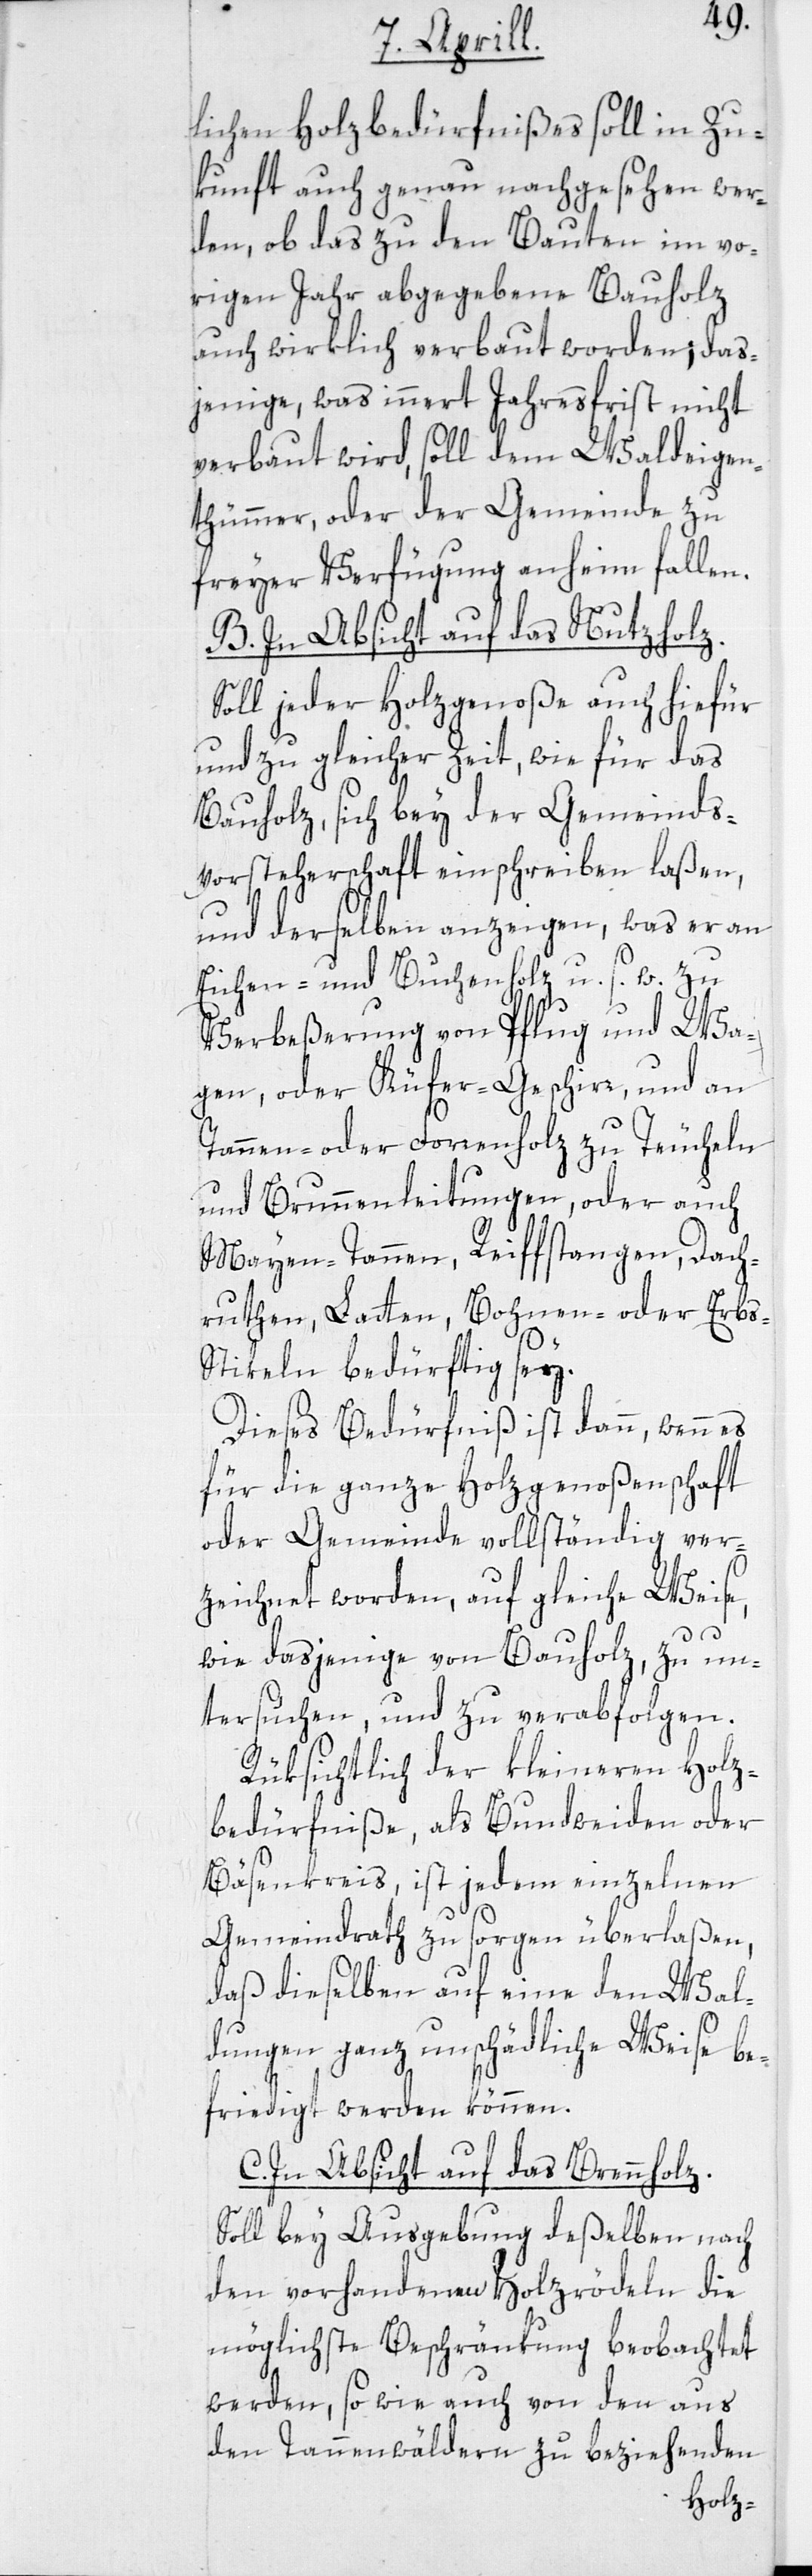
lichen Holzbedürfnißes soll in Zu¬
kunft auch genau nachgesehen wer¬
den, ob das zu den Bauten im vo¬
rigen Jahr abgegebene Bauholz
auch wirklich verbaut worden; das¬
jenige, was innert Jahresfrist nicht
verbaut wird, soll dem Waldeigen¬
thümmer, oder der Gemeinde zu
freyer Verfügung anheim fallen.
B. In Absicht auf das Nutzholz.
Soll jeder Holzgenoße auch hiefür
und zu gleicher Zeit, wie für das
Bauholz, sich bey der Gemeinds¬
vorsteherschaft einschreiben laßen,
und derselben anzeigen, was er an
Eichen- und Buchenholz u. s. w. zu
Verbeßerung von Pflug und Wa¬
gen, oder Küfer-Geschirr, und an
Tannen- oder Forrenholz zu Teucheln
und Brunnenleitungen, oder auch
Mayen-Tannen, Reiffstangen, Dach¬
ruthen, Latten, Bohnen- oder Erbs-S¬
tikeln bedürftig sey.
Dieses Bedürfniß ist dann, wenn es
für die ganze Holzgenoßenschaft
oder Gemeinde vollständig ver¬
zeichnet worden, auf gleiche Weise,
wie dasjenige von Bauholz, zu un¬
tersuchen, und zu verabfolgen.
Rüksichtlich der kleineren Holz¬
bedürfniße, als Bundweiden oder
Bäsenkreis, ist jedem einzelnen
Gemeindrath zu sorgen überlaßen,
daß dieselben auf eine den Wal¬
dungen ganz unschädliche Weise be¬
friedigt werden können.
C. In Absicht auf das Brennholz.
Soll bey Ausgebung deßelben nach
den vorhandenen Holzrödeln die
möglichste Beschränkung beobachtet
werden, so wie auch von den aus
den Tannenwäldern zu beziehenden